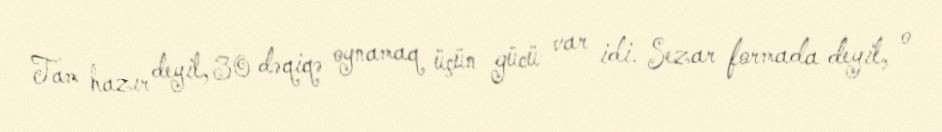
Tam hazır deyil, 30 dəqiqə oynamaq üçün gücü var idi. Sezar formada deyil, o